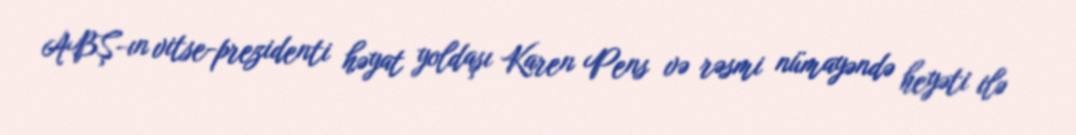
ABŞ-ın vitse-prezidenti həyat yoldaşı Karen Pens və rəsmi nümayəndə heyəti ilə